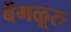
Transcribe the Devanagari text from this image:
बेंगळूरु